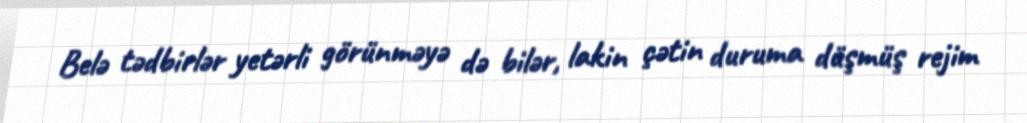
Belə tədbirlər yetərli görünməyə də bilər, lakin çətin duruma düşmüş rejim